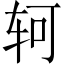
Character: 轲